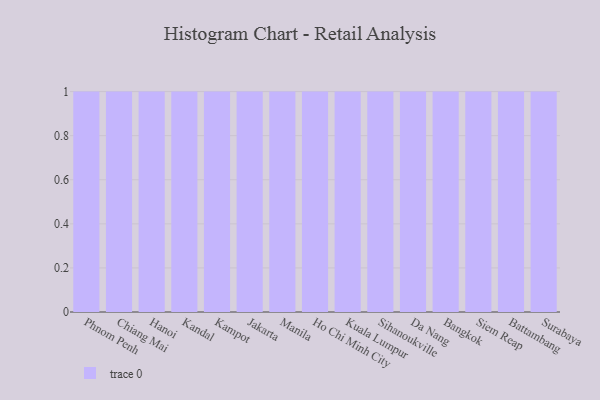
{"axis": {"x": "City", "y": "Conversion Rate (%)"}, "legend": [""], "data": [{"x": "Phnom Penh", "y": 27, "type": ""}, {"x": "Chiang Mai", "y": 26, "type": ""}, {"x": "Hanoi", "y": 28, "type": ""}, {"x": "Kandal", "y": 100, "type": ""}, {"x": "Kampot", "y": 52, "type": ""}, {"x": "Jakarta", "y": 59, "type": ""}, {"x": "Manila", "y": 82, "type": ""}, {"x": "Ho Chi Minh City", "y": 95, "type": ""}, {"x": "Kuala Lumpur", "y": 96, "type": ""}, {"x": "Sihanoukville", "y": 12, "type": ""}, {"x": "Da Nang", "y": 64, "type": ""}, {"x": "Bangkok", "y": 12, "type": ""}, {"x": "Siem Reap", "y": 30, "type": ""}, {"x": "Battambang", "y": 32, "type": ""}, {"x": "Surabaya", "y": 17, "type": ""}]}